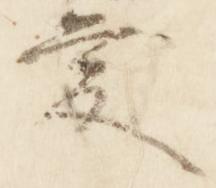
愛